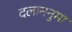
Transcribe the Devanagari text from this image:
दलाननुमा